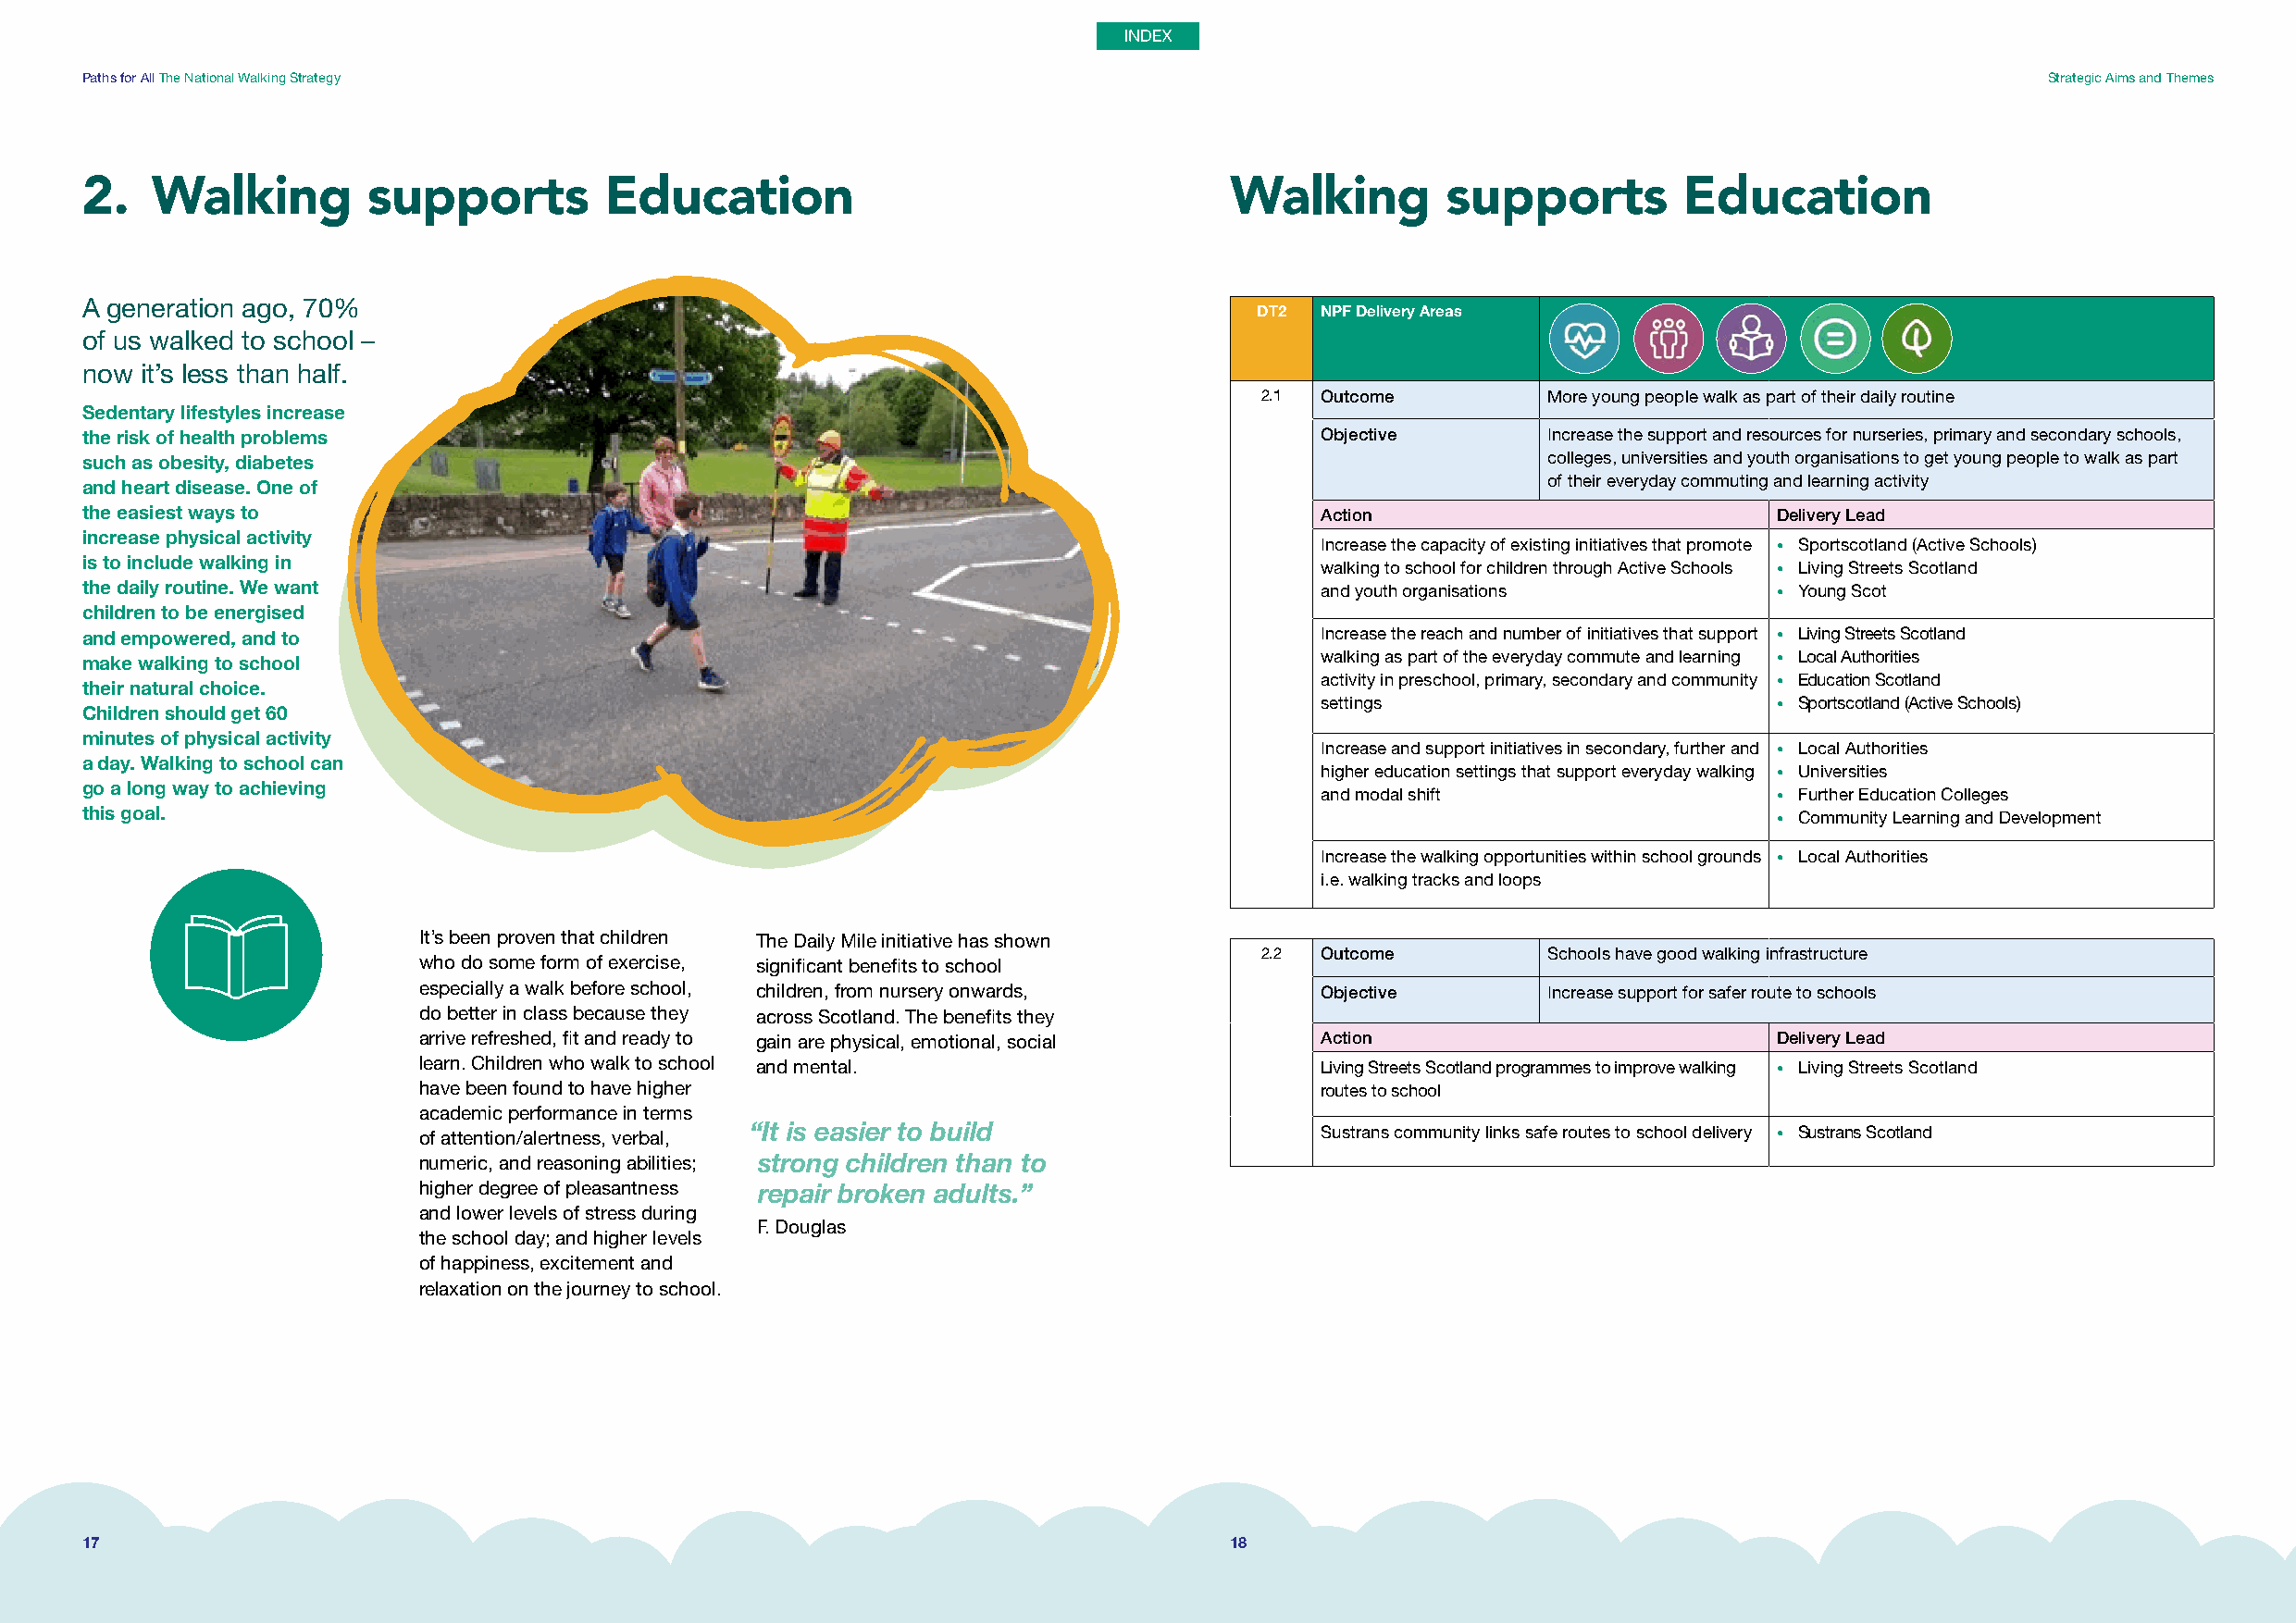
Paths for All The National Walking Strategy                                                                                                 Strategic Aims and Themes
 2.   Walking        supports         Education                                    Walking        supports         Education
 A generation ago, 70%
 DT2 NPF Delivery Areas
 of us walked to school –
 now it’s less than half.
 2.1 Outcome          More young people walk as part of their daily routine
 Sedentary lifestyles increase
 the risk of health problems                                                             Objective        Increase the support and resources for nurseries, primary and secondary schools,
 such as obesity, diabetes                                                                                colleges, universities and youth organisations to get young people to walk as part
 of their everyday commuting and learning activity
 and heart disease. One of
 the easiest ways to                                                                     Action                           Delivery Lead
 increase physical activity
 Increase the capacity of existing initiatives that promote • Sportscotland (Active Schools)
 is to include walking in                                                                walking to school for children through Active Schools • Living Streets Scotland
 the daily routine. We want                                                              and youth organisations          • Young Scot
 children to be energised
 and empowered, and to                                                                   Increase the reach and number of initiatives that support • Living Streets Scotland
 make walking to school                                                                  walking as part of the everyday commute and learning • Local Authorities
 their natural choice.                                                                   activity in preschool, primary, secondary and community • Education Scotland
 settings                         • Sportscotland (Active Schools)
 Children should get 60
 minutes of physical activity
 Increase and support initiatives in secondary, further and • Local Authorities
 a day. Walking to school can
 higher education settings that support everyday walking • Universities
 go a long way to achieving
 and modal shift                  • Further Education Colleges
 this goal.                                                                                                               • Community Learning and Development
 Increase the walking opportunities within school grounds • Local Authorities
 i.e. walking tracks and loops
 It’s been proven that children The Daily Mile initiative has shown
 2.2 Outcome          Schools have good walking infrastructure
 who do some form of exercise, significant benefits to school
 especially a walk before school, children, from nursery onwards, Objective       Increase support for safer route to schools
 do better in class because they across Scotland. The benefits they
 arrive refreshed, fit and ready to gain are physical, emotional, social Action                   Delivery Lead
 learn. Children who walk to school and mental.                  Living Streets Scotland programmes to improve walking • Living Streets Scotland
 have been found to have higher                                  routes to school
 academic performance in terms
 of attention/alertness, verbal, “It is easier to build          Sustrans community links safe routes to school delivery • Sustrans Scotland
 numeric, and reasoning abilities; strong children than to
 higher degree of pleasantness repair broken adults.”
 and lower levels of stress during
 F. Douglas
 the school day; and higher levels
 of happiness, excitement and
 relaxation on the journey to school.
 17                                                                                18